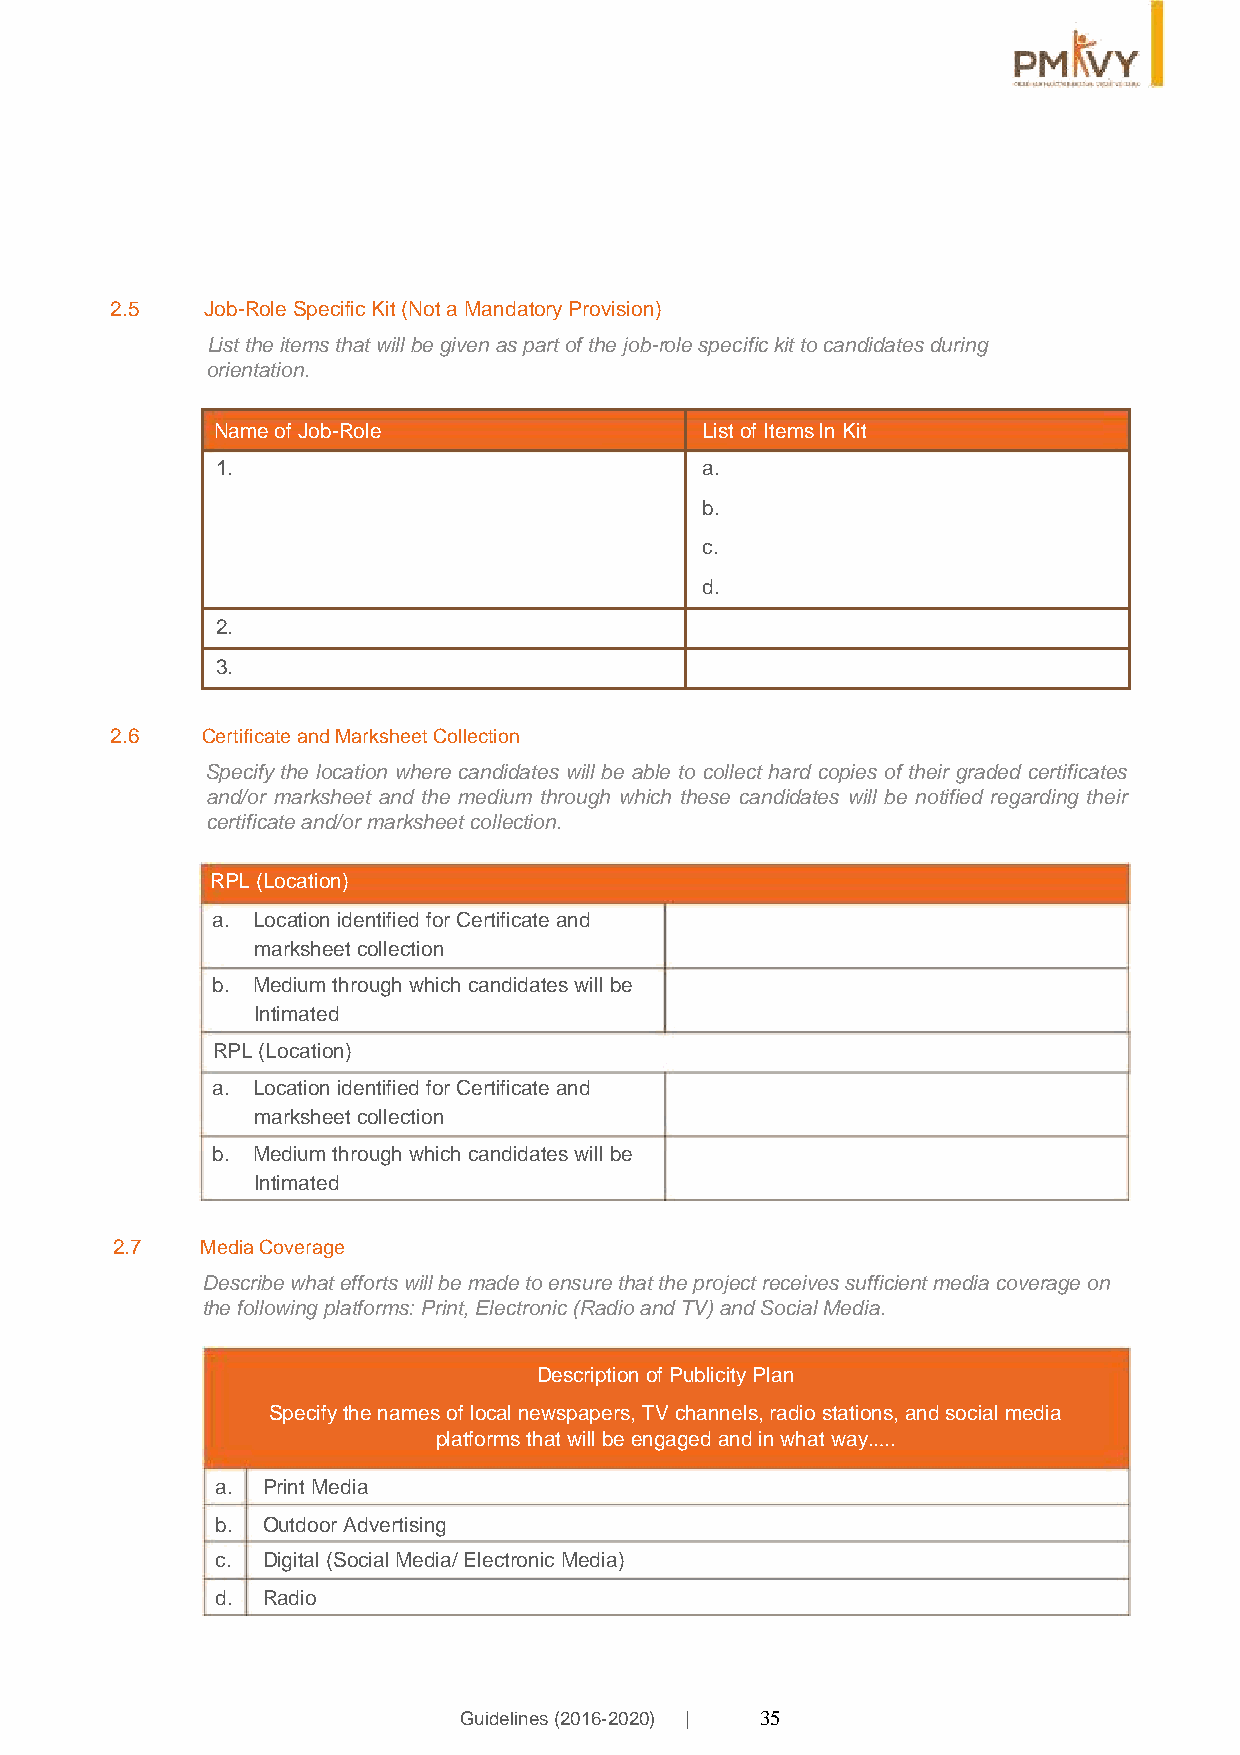
2.5    Job-Role Specific Kit (Not a Mandatory Provision)
 List the items that will be given as part of the job-role specific kit to candidates during
 orientation.
 Name of Job-Role                List of Items ln Kit
 1.                              a.
 b.
 c.
 d.
 2.
 3.
 2.6   Certificate and Marksheet Collection
 Specify the location where candidates will be able to collect hard copies of their graded certificates
 and/or marksheet and the medium through which these candidates will be notified regarding their
 certificate and/or marksheet collection.
 RPL (Location)
 a. Location identified for Certificate and
 marksheet collection
 b. Medium through which candidates will be
 Intimated
 RPL (Location)
 a. Location identified for Certificate and
 marksheet collection
 b. Medium through which candidates will be
 Intimated
 2.7   Media Coverage
 Describe what efforts will be made to ensure that the project receives sufficient media coverage on
 the following platforms: Print, Electronic (Radio and TV) and Social Media.
 Description of Publicity Plan
 Specify the names of local newspapers, TV channels, radio stations, and social media
 platforms that will be engaged and in what way…..
 a. Print Media
 b. Outdoor Advertising
 c. Digital (Social Media/ Electronic Media)
 d. Radio
 Guidelines (2016-2020) | 35